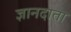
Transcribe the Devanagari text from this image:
ज्ञानदाता